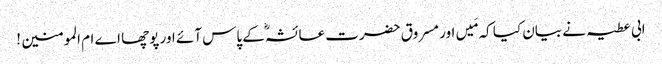
ابی عطیہ نے بیان کیا کہ مَیں اور مسروق حضرت عائشہؓ کے پاس آئے اور پوچھا اے ام المومنین !